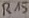
Text: R15